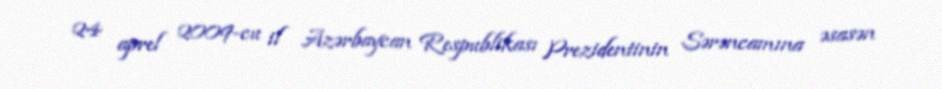
24 aprel 2009-cu il Azərbaycan Respublikası Prezidentinin Sərəncamına əsasən